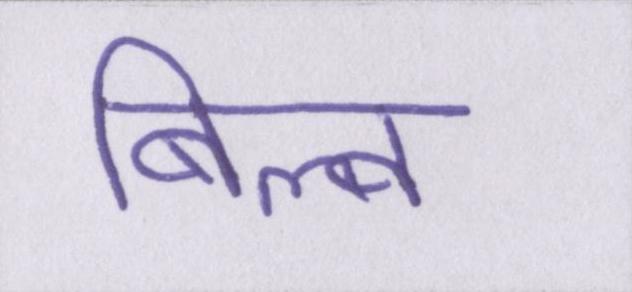
बिल्व